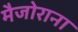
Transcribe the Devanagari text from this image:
मैजोराना